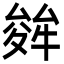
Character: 𭐩